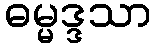
ဓမ္မဒ္ဒသာ